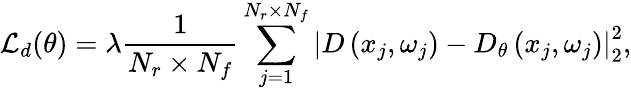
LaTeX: \mathcal{L}_{d}(\theta)=\lambda\frac{1}{N_{r}\times N_{f}}\sum_{j=1}^{N_{r}\times N_{f}}\left|D\left(x_{j},\omega_{j}\right)-D_{\theta}\left(x_{j},\omega_{j}\right)\right|_{2}^{2},